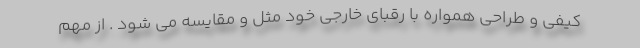
کیفی و طراحی همواره با رقبای خارجی خود مثل و مقایسه می شود . از مهم